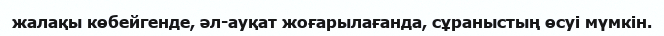
жалақы көбейгенде, әл-ауқат жоғарылағанда, сұраныстың өсуі мүмкін.